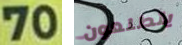
70 يتطلعون